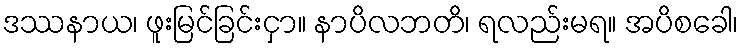
ဒဿနာယ၊ ဖူးမြင်ခြင်းငှာ။ နာပိလဘတိ၊ ရလည်းမရ။ အပိစခေါ၊